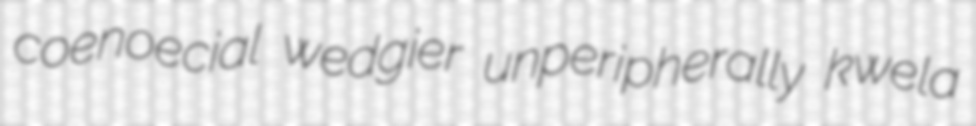
coenoecial wedgier unperipherally kwela